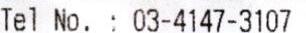
TEL NO. : 03-4147-3107